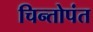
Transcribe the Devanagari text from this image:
चिन्तोपंत